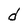
Character: d